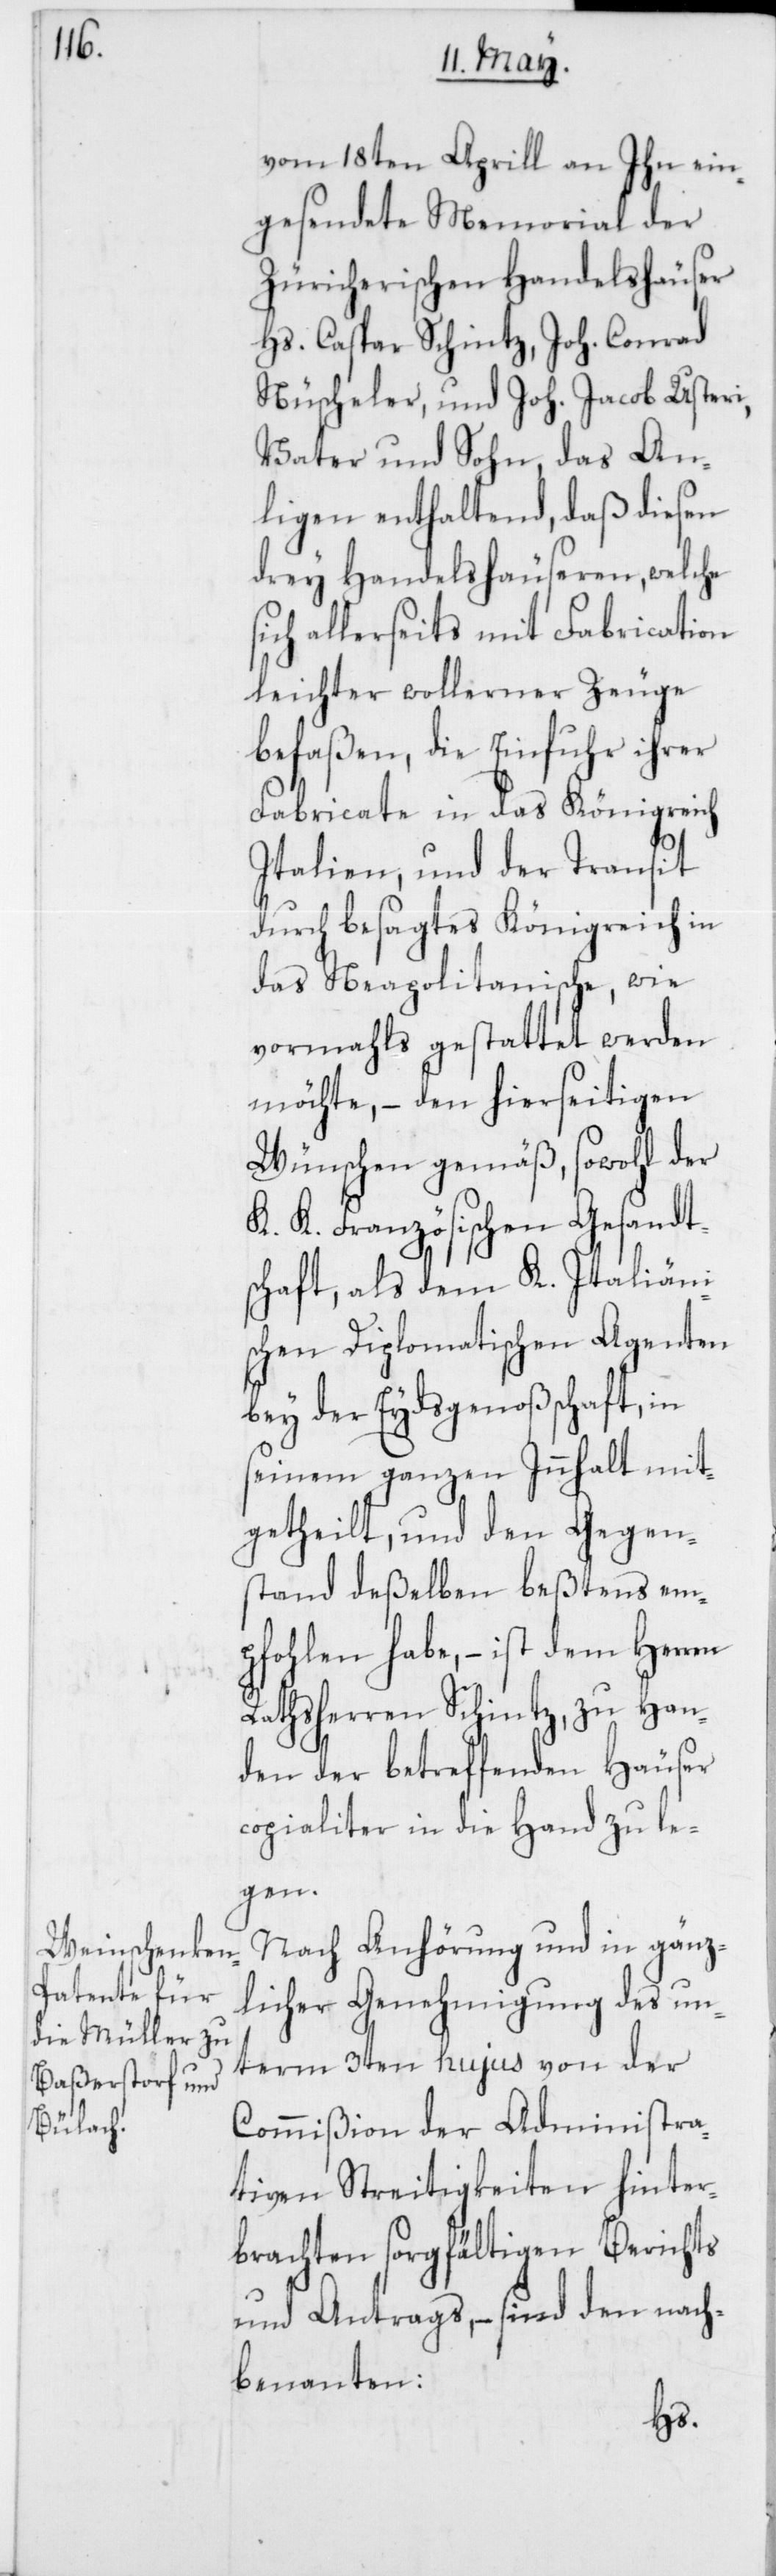
vom 18ten Aprill an Ihn ein¬
gesendete Memorial der
Züricherischen Handelshäuser
Hs. Caspar Schintz [sic!], Joh.
Nüscheler, und Joh. Jacob Usteri,
Vater und Sohn, das An¬
ligen enthaltend, daß diesen
drey Handelshäuseren, welche
ich allerseits mit Fabrication
leichter wollener Zeuge
befaßen, die Einfuhr ihrer
Fabricate in das Königreich
Italien, und der Transit
durch besagtes Königreich in
das Neapolitanische, wie
vormahls gestattet werden
möchte, – den hierseitigen
Wünschen gemäß, sowohl der
K. K. Französischen Gesandts¬
chaft, als dem K. Italiäni¬
schen Diplomatischen Agenten
bey der Eydsgenoßschaft, in
seinem ganzen Innhalt mit¬
getheilt, und den Gegen¬
stand deßelben beßtens em¬
pfohlen habe, – ist dem Herrn
Rathsherren Schintz, zu Han¬
den der betreffenden Häuser
copialiter in die Hand zu le¬
gen.
Nach Anhörung und in gänz¬
licher Genehmigung des un¬
term 3ten hujus von der
Commißion der Administra¬
tiven Streitigkeiten hinter¬
brachten sorgfältigen Berichts
und Antrags, – sind den nach¬
benanten:
s¬